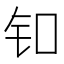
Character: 𬬪